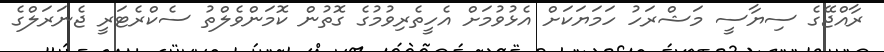
ރާއްޖޭގެ ސިޔާސީ މަޝްރަހު ހަމަޔަކަށް އެޅުވުމަށް އެހީތެރިވުމުގެ ގޮތުން ކޮމަންވެލްތު ސެކްރެޓަރީ ޖެނަރަލްގެ